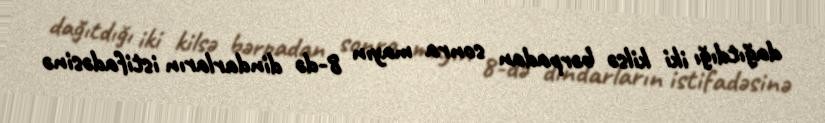
dağıtdığı iki kilsə bərpadan sonra mayın 8-də dindarların istifadəsinə